Civil Veterinary Department Bihar & Orissa reports 1911-21 - 1911-1921
Year: 1911
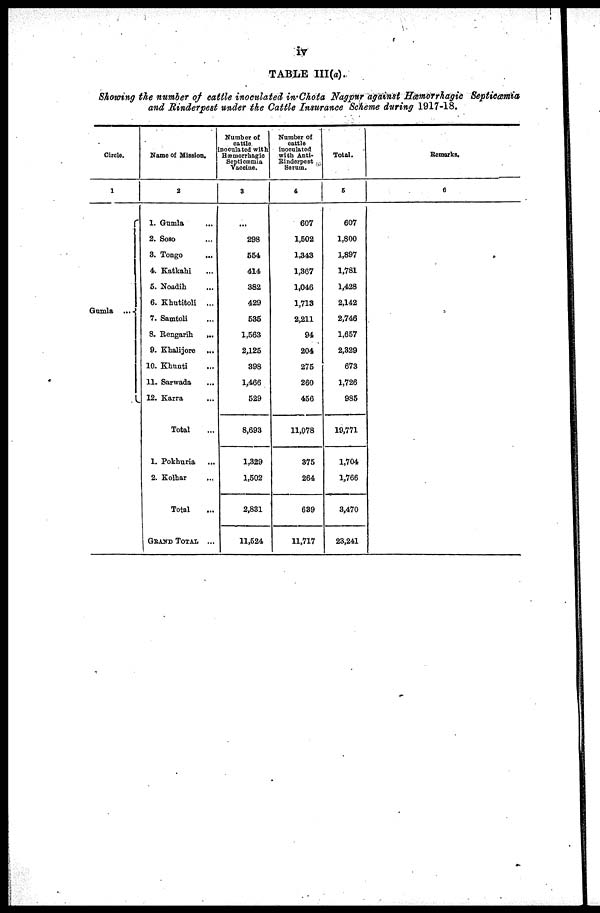
iv
TABLE III(a).
Showing the number of cattle inoculated in Chota Nagpur against Hæmorrhagic Septicæmia
and Rinderpest under the Cattle Insurance Scheme during 1917-18.
Circle.
1
Gumla ...
Name of Mission.
2
1. Gumla ...
2. Soso ...
3. Tongo ...
4. Katkahi ...
5. Noadih ...
6. Khutitoli ...
7. Samtoli ...
8. Rengarih
...
9. Khalijore
...
10. Khunti ...
11. Sarwada ...
12. Karra ...
Total ...
1. Pokhuria ...
2. Kolhar ...
Total ...
GRAND TOTAL ...
Number of
cattle
inoculated with
Hæmorrhagic
Septicæmia
Vaccine.
3
...
298
654
414
382
429
535
1,563
2,125
398
1,466
529
8,693
1,329
1,502
2,831
11,524
Number of
cattle
inoculated
with Anti-
Rinderpest
Serum.
4
607
1,502
1,343
1,367
1,046
1,713
2,211
94
204
275
260
456
11,078
375
264
639
11,717
Total.
5
607
1,800
1,897
1,781
1,428
2,142
2,746
1,657
2,329
673
1,726
985
19,771
1,704
1,766
3,470
23,241
Remarks.
6